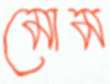
মোম